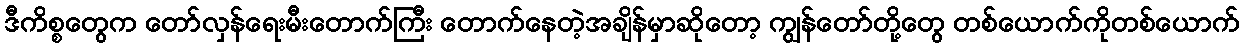
ဒီကိစ္စတွေက တော်လှန်ရေးမီးတောက်ကြီး တောက်နေတဲ့အချိန်မှာဆိုတော့ ကျွန်တော်တို့တွေ တစ်ယောက်ကိုတစ်ယောက်